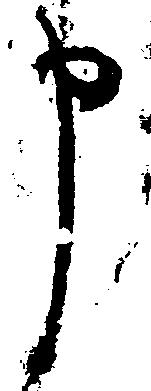
申